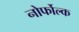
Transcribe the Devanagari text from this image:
नोर्फोल्क